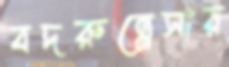
বদরুন্নেসার